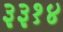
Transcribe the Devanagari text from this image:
३३१४